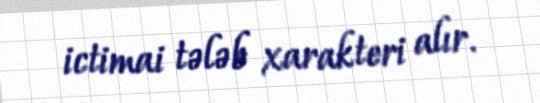
ictimai tələb xarakteri alır.